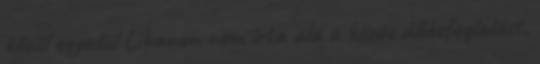
közül egyedül Libanon nem írta alá a közös állásfoglalást,